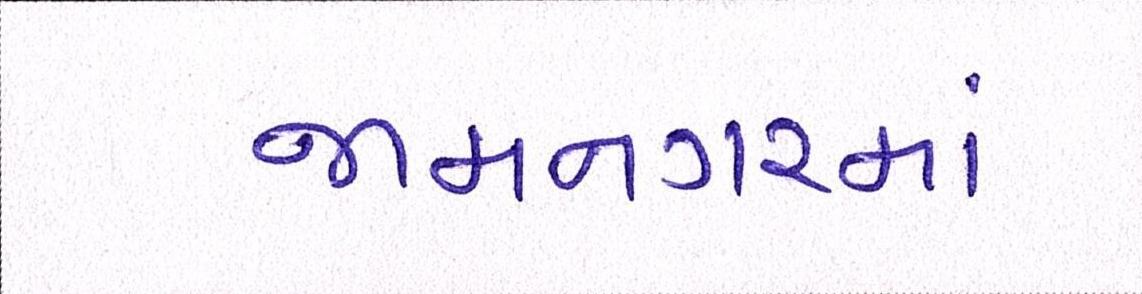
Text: જામનગરમાં